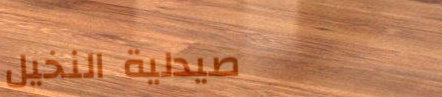
صيدلية النخيل